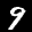
Label: 9